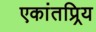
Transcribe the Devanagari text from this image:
एकांतप्र्रिय